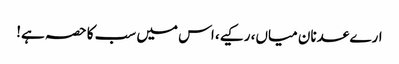
ارے عدنان میاں، رکیے، اس میں سب کا حصہ ہے!